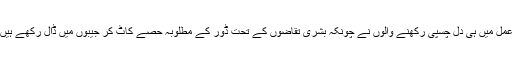
یہ انکشافات گویا الجھی ڈور کا سرا ملنے کے مترادف ہیں مگر اسے سلجھانے کے عمل میں ہی دل چسپی رکھنے والوں نے چونکہ بشری تقاضوں کے تحت ڈور کے مطلوبہ حصے کاٹ کر جیبوں میں ڈال رکھے ہیں لہذا انہیں تو یہ خوف دامن گیر رہتا ہے کہ سرا مل گیا تو ڈور سلامت نہیں ملے گی۔